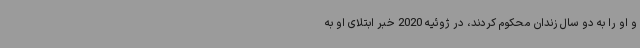
و او را به دو سال زندان محکوم کردند، در ژوئیه 2020 خبر ابتلای او به